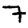
Digit: 7